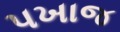
પખાજ